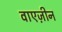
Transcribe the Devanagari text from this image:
वाएज़ीन